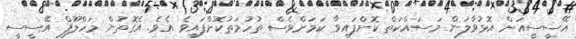
އޭސީސީއަށް އޮޅުވާލަން މަސައްކަތް ކޮށްފައިވާ ކަމަށްވެސް ތުހުމަތުކޮށްފައިވެ އެވެ. އެގޮތުން މަހްލޫފް އޭސީސީ